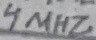
Text: 4MHZ